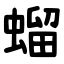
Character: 䗜